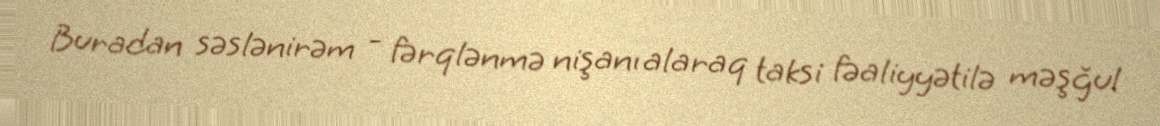
Buradan səslənirəm - fərqlənmə nişanı alaraq taksi fəaliyyətilə məşğul